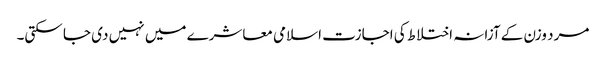
مرد وزن کے آزانہ اختلاط کی اجازت اسلامی معاشرے میں نہیں دی جا سکتی۔